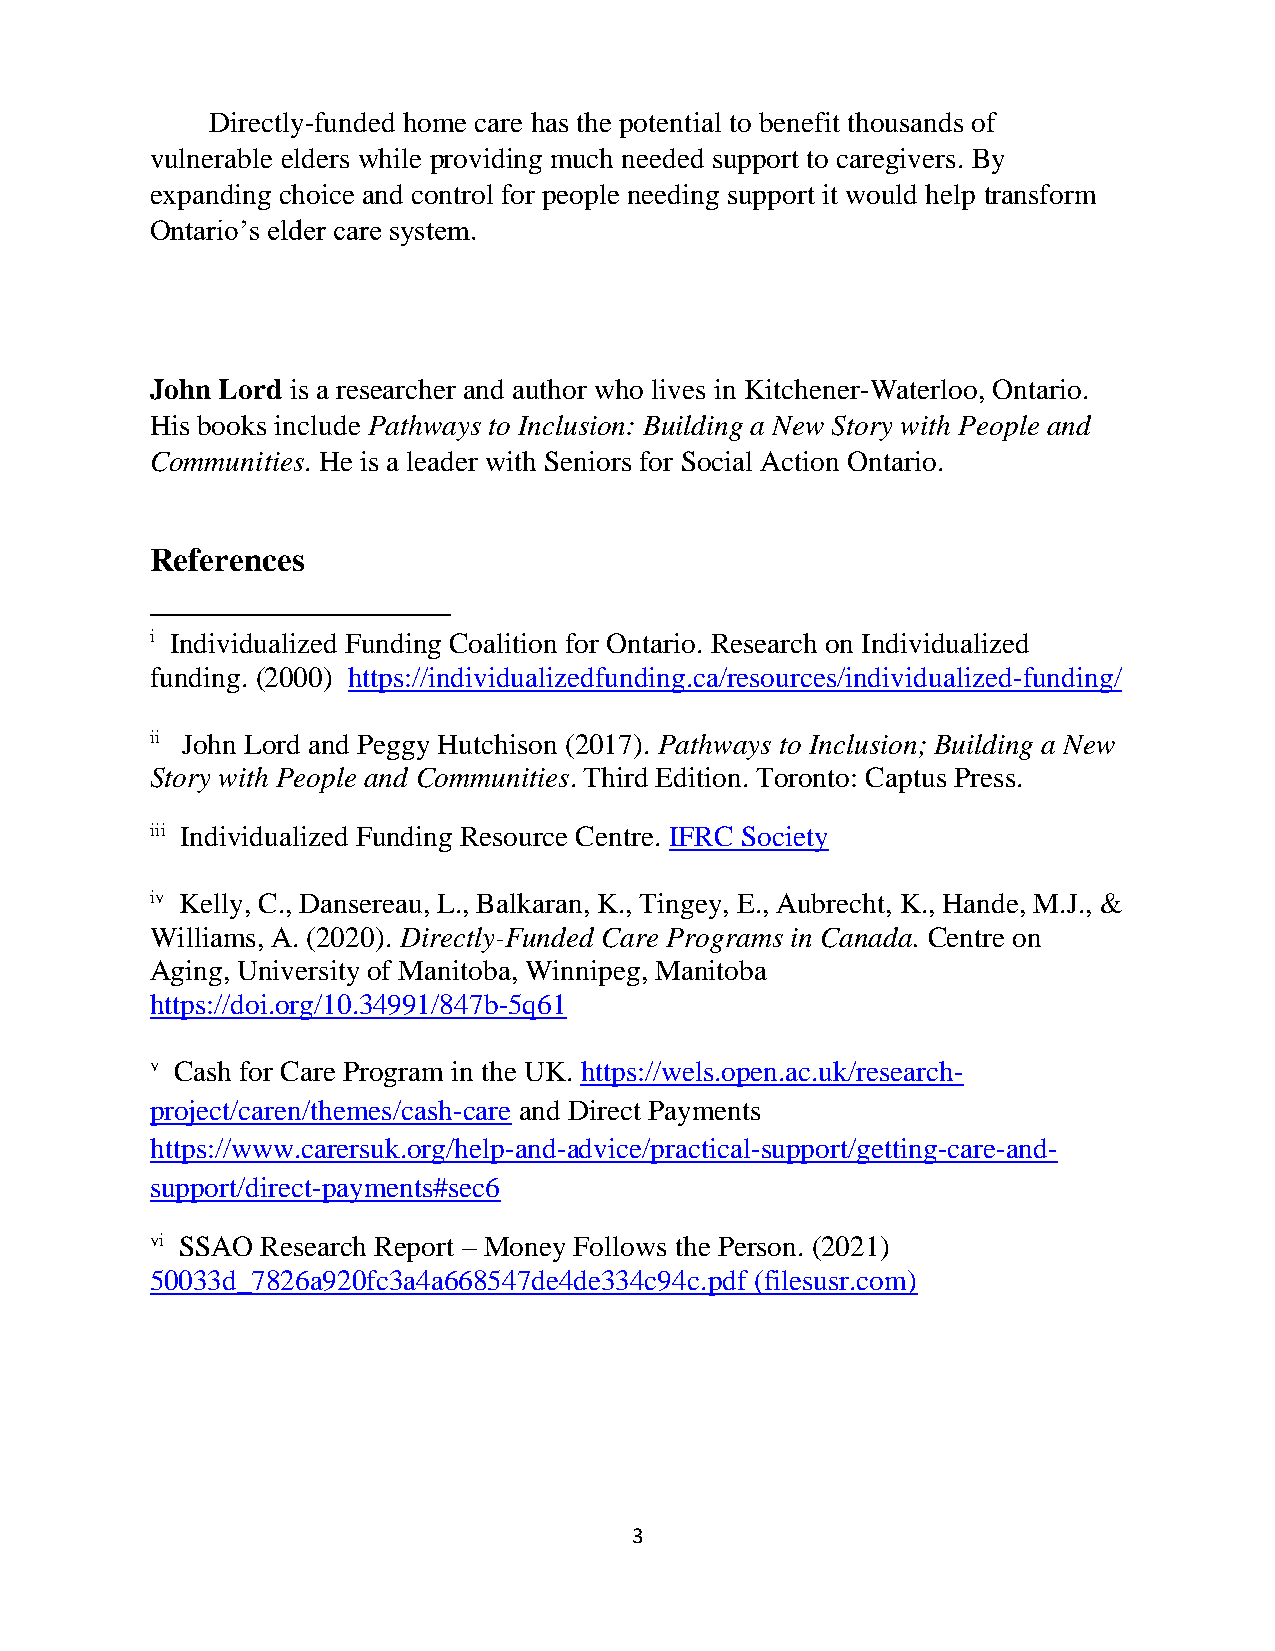
Directly-funded home care has the potential to benefit thousands of
 vulnerable elders while providing much needed support to caregivers. By
 expanding choice and control for people needing support it would help transform
 Ontario’s elder care system.
 John Lord is a researcher and author who lives in Kitchener-Waterloo, Ontario.
 His books include Pathways to Inclusion: Building a New Story with People and
 Communities. He is a leader with Seniors for Social Action Ontario.
 References
 i Individualized Funding Coalition for Ontario. Research on Individualized
 funding. (2000) https://individualizedfunding.ca/resources/individualized-funding/
 ii John Lord and Peggy Hutchison (2017). Pathways to Inclusion; Building a New
 Story with People and Communities. Third Edition. Toronto: Captus Press.
 iii Individualized Funding Resource Centre. IFRC Society
 iv Kelly, C., Dansereau, L., Balkaran, K., Tingey, E., Aubrecht, K., Hande, M.J., &
 Williams, A. (2020). Directly-Funded Care Programs in Canada. Centre on
 Aging, University of Manitoba, Winnipeg, Manitoba
 https://doi.org/10.34991/847b-5q61
 v Cash for Care Program in the UK. https://wels.open.ac.uk/research-
 project/caren/themes/cash-care and Direct Payments
 https://www.carersuk.org/help-and-advice/practical-support/getting-care-and-
 support/direct-payments#sec6
 vi SSAO Research Report – Money Follows the Person. (2021)
 50033d_7826a920fc3a4a668547de4de334c94c.pdf (filesusr.com)
 3